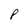
Character: P